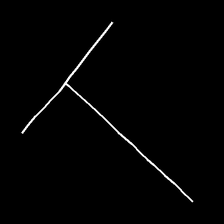
Glyph: column